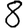
Digit: 8